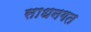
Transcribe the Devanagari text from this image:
साधनगत